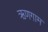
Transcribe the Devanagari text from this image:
ऋणगाम